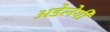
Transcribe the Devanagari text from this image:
अडेलेयी